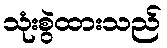
သုံးစွဲထားသည်